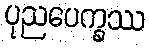
ပုညပေက္ခဿ